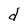
Character: d